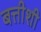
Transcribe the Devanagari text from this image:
बत्तीशी